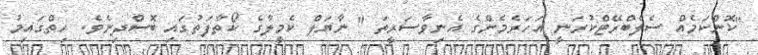
"ކޮންކަމެއް ސެލެބްރޭޓްކުރަނީ އަހަރެމެންގެ އެނިވާސަރީތަ " ނާޔަލް ކެމީލާގެ ކޯތާފަތުގައި ބޮސްދިނެވެ. ހިތްގައިމު